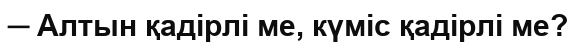
─ Алтын қадірлі ме, күміс қадірлі ме?